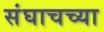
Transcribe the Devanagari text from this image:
संघाचच्या